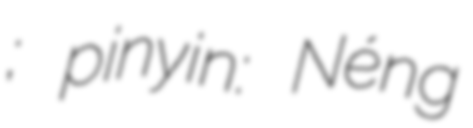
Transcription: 能方济; pinyin: Néng